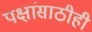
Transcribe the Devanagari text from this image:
पक्षांसाठीही